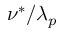
\nu ^ { * } / \lambda _ { p }